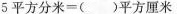
5平方分米=()平方厘米